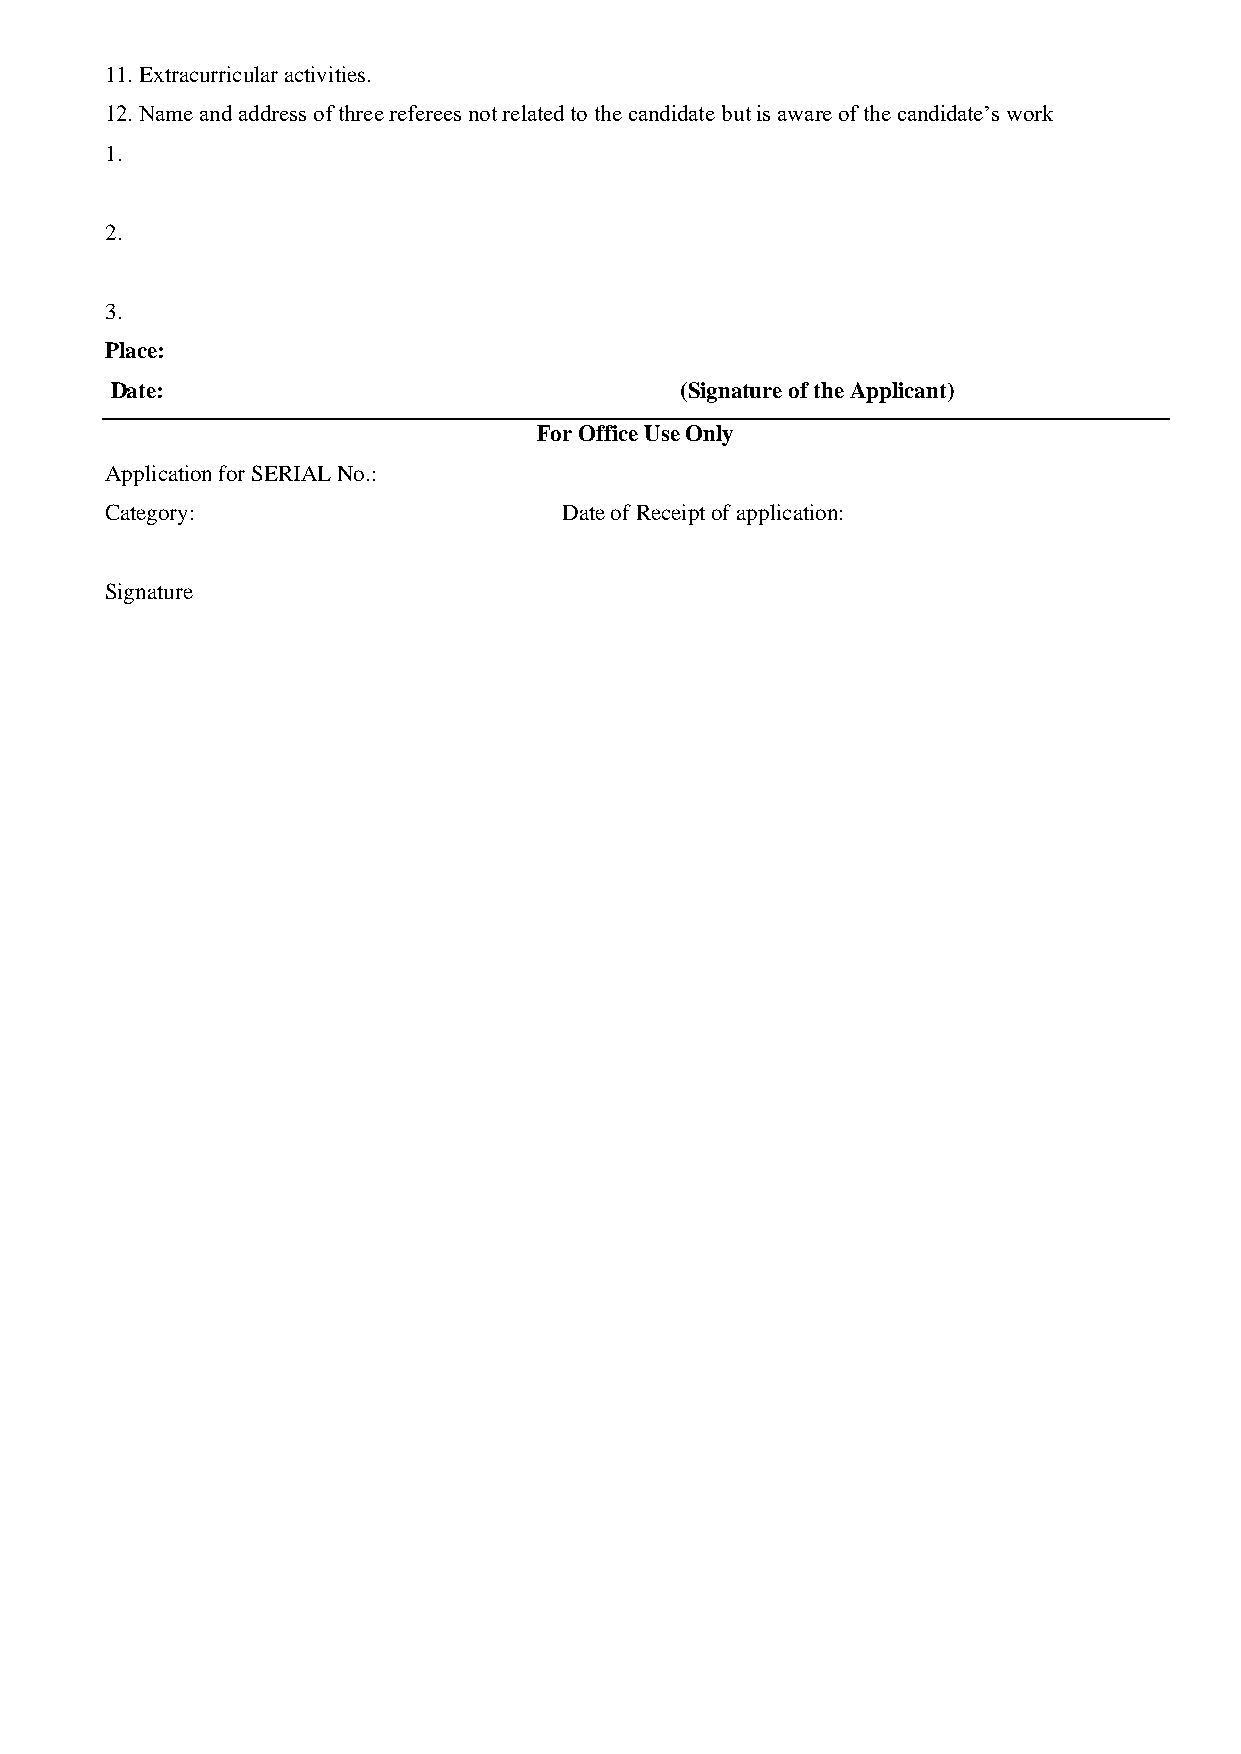
11. Extracurricular activities.
 12. Name and address of three referees not related to the candidate but is aware of the candidate’s work
 1.
 2.
 3.
 Place:
 Date:                                 (Signature of the Applicant)
 For Office Use Only
 Application for SERIAL No.:
 Category:                     Date of Receipt of application:
 Signature